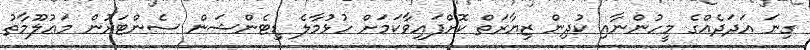
ގިނަ އަދަދެއްގެ މީހުންނާއި ކުދިން ޒިޔާރަތް ކޮށްފައިވާކަމަށް ހުޅުމާލެ ޑިޓެންޝަން ސެންޓަރުން މަޢުލޫމާތު